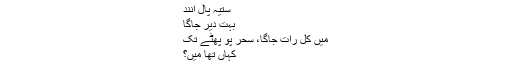
ستیہ پال آنند
بہت دیر جاگا
میں کل رات جاگا، سحر پو پھٹے تک
کہاں تھا میں؟